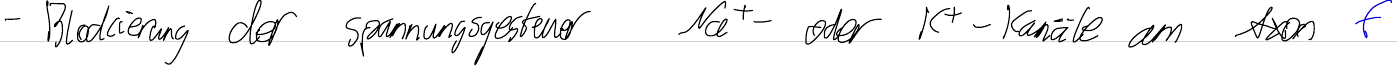
- Blockierung der spannungsgesteuer Na+- oder K+-Kanäle am Axon f